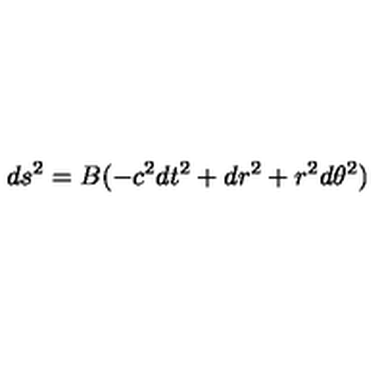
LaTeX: d s ^ { 2 } = B ( - c ^ { 2 } d t ^ { 2 } + d r ^ { 2 } + r ^ { 2 } d \theta ^ { 2 } )